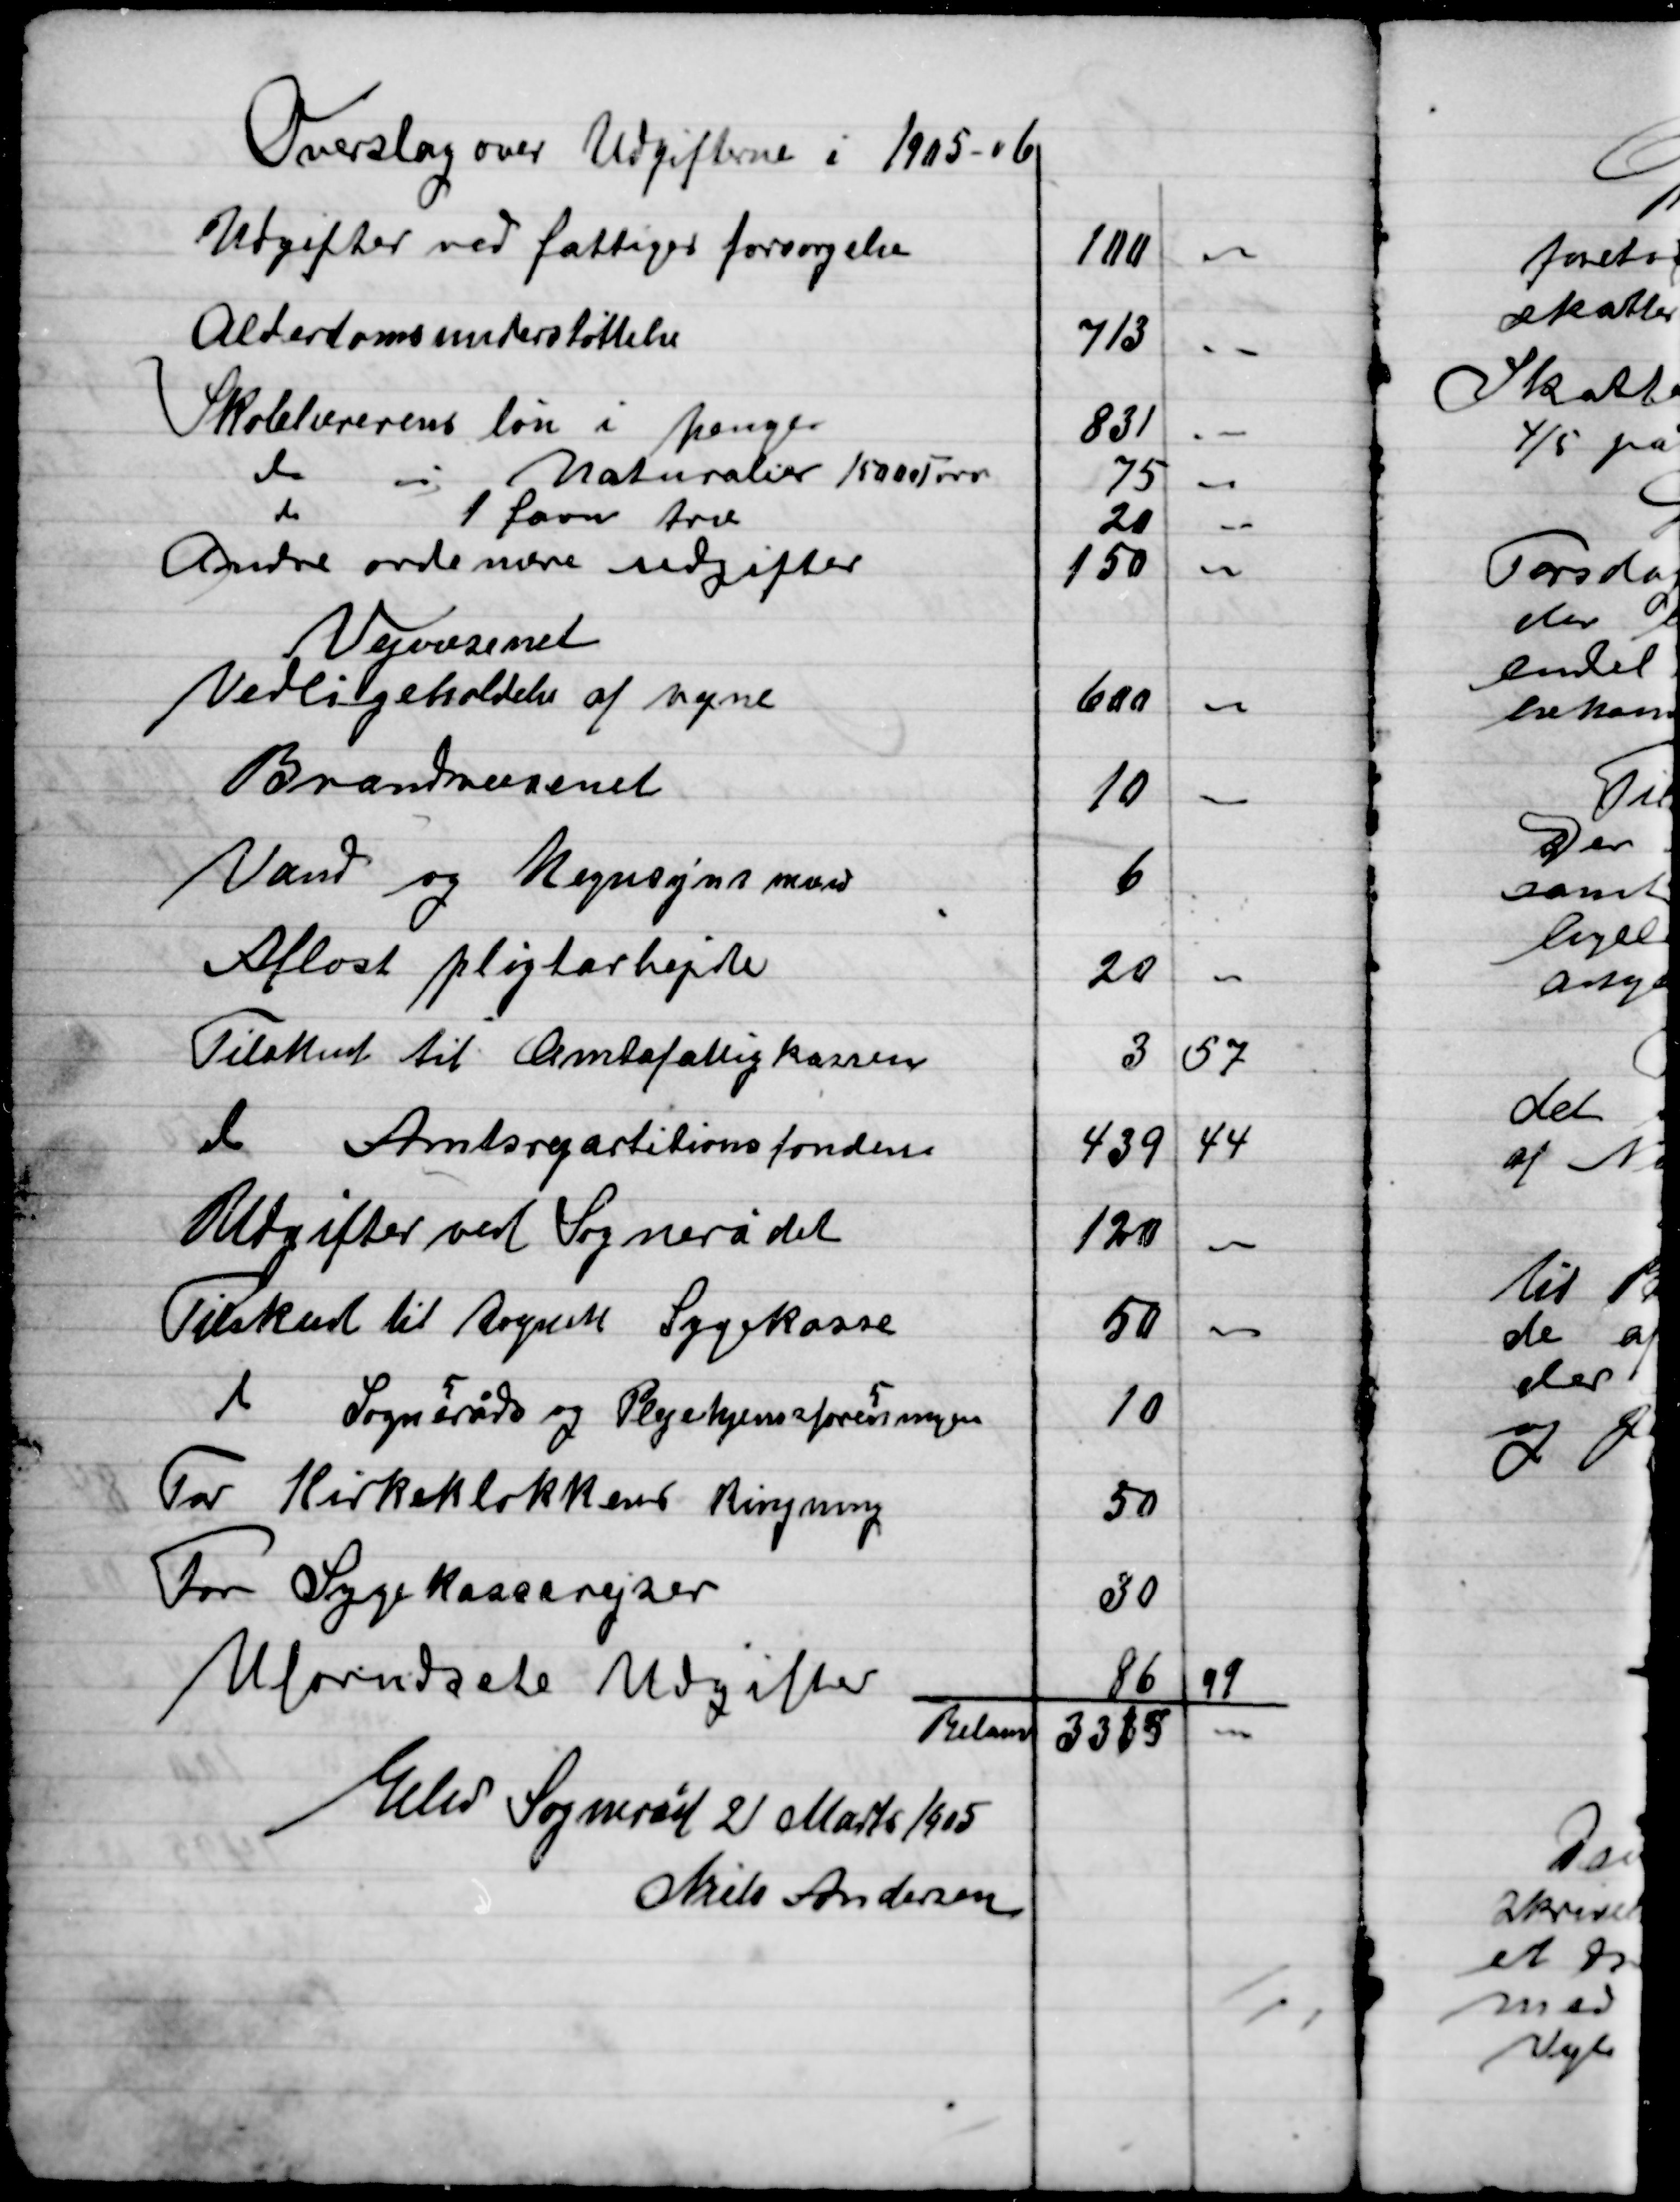
Transskription:
Elev Sogneråd 21 Marts 1905
Niels Andersen